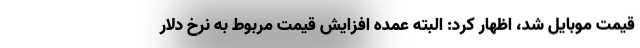
قیمت موبایل شد، اظهار کرد: البته عمده افزایش قیمت مربوط به نرخ دلار